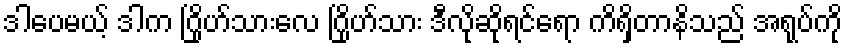
ဒါပေမယ့် ဒါက ဂြိုဟ်သားလေ ဂြိုဟ်သား ဒီလိုဆိုရင်ရော ကိရှိတာနိသည် အရုပ်ကို